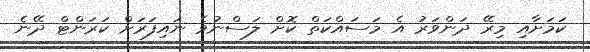
ކަމަށާއި މިރޭ ދަންވަރު އެ މަސައްކަތް ކޮށް ލަސްނުވެ ނައިފަރަށް ކަރަންޓް ދޭނެ